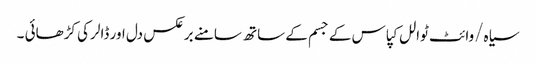
سیاہ/وائٹ ٹوالل کپاس کے جسم کے ساتھ سامنے برعکس دل اور ڈالر کی کڑھائی ۔